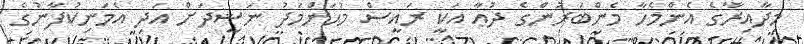
މިދާއިރާގެ އެންމެހާ މެންބަރުންގެ ދުޢާ އަކީ ރައީސް މުޙަންމަދު ނަޝީދަށް އަދި އެމަނިކުފާނުގެ